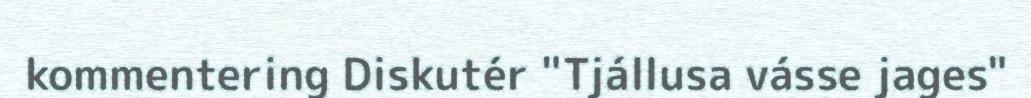
kommentering Diskutér "Tjállusa vásse jages"